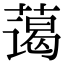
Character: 蔼